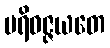
ပရိဝဇ္ဇယတေ